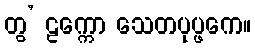
တွ’ ဠက္ကော သေတပုပ္ဖကေ။